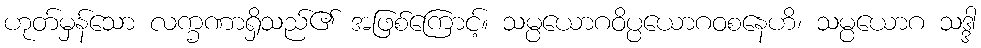
ဟုတ်မှန်သော လက္ခဏာရှိသည်၏ အဖြစ်ကြောင့်။ သမ္ပယောဂဝိပ္ပယောဂဝစနေဟိ၊ သမ္ပယောဂ သဒ္ဒါ